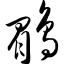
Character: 鹛